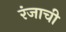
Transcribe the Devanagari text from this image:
रंजाची